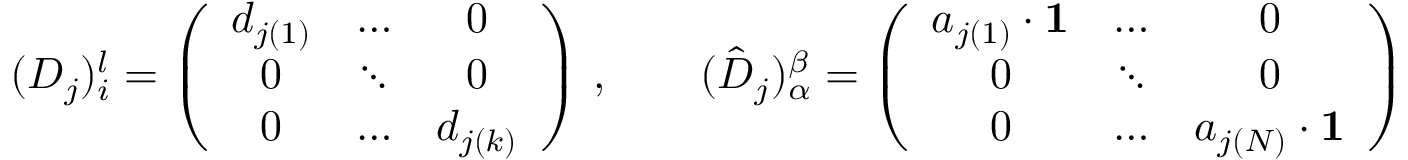
( D _ { j } ) _ { i } ^ { l } = \left( \begin{array} { c c c } { { d _ { j ( 1 ) } } } & { { \dots } } & { { 0 } } \\ { { 0 } } & { { \ddots } } & { { 0 } } \\ { { 0 } } & { { \dots } } & { { d _ { j ( k ) } } } \end{array} \right) \, , \qquad ( \hat { D } _ { j } ) _ { \alpha } ^ { \beta } = \left( \begin{array} { c c c } { { a _ { j ( 1 ) } \cdot { \bf 1 } } } & { { \dots } } & { { 0 } } \\ { { 0 } } & { { \ddots } } & { { 0 } } \\ { { 0 } } & { { \dots } } & { { a _ { j ( N ) } \cdot { \bf 1 } } } \end{array} \right)